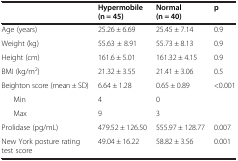
<table><thead><tr><td><b> </b></td><td><b>Hypermobile (n = 45)</b></td><td><b>Normal (n = 40)</b></td><td><b>p</b></td></tr></thead><tbody><tr><td>Age (years)</td><td>25.26 ± 6.69</td><td>25.45 ± 7.14</td><td>0.9</td></tr><tr><td>Weight (kg)</td><td>55.63 ± 8.91</td><td>55.73 ± 8.13</td><td>0.9</td></tr><tr><td>Height (cm)</td><td>161.6 ± 5.01</td><td>161.32 ± 4.15</td><td>0.9</td></tr><tr><td>BMI (kg/m<sup>2</sup>)</td><td>21.32 ± 3.55</td><td>21.41 ± 3.06</td><td>0.5</td></tr><tr><td>Beighton score (mean ± SD)</td><td>6.64 ± 1.28</td><td>0.65 ± 0.89</td><td>&lt;0.001</td></tr><tr><td>Min</td><td>4</td><td>0</td><td> </td></tr><tr><td>Max</td><td>9</td><td>3</td><td> </td></tr><tr><td>Prolidase (pg/mL)</td><td>479.52 ± 126.50</td><td>555.97 ± 128.77</td><td>0.007</td></tr><tr><td>New York posture rating test score</td><td>49.04 ± 16.22</td><td>58.82 ± 3.56</td><td>0.001</td></tr></tbody></table>